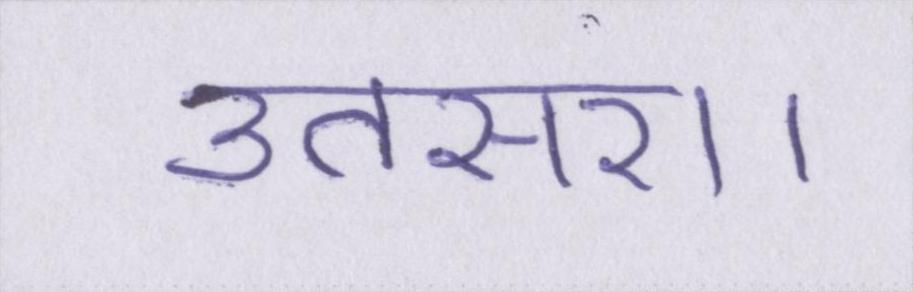
उतसरा।